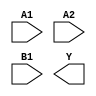
module sky130_fd_sc_lp__o21ai (
    //# {{data|Data Signals}}
    input  A1,
    input  A2,
    input  B1,
    output Y
);

    // Voltage supply signals
    supply1 VPWR;
    supply0 VGND;
    supply1 VPB ;
    supply0 VNB ;

endmodule